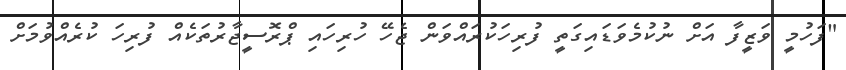
"ފަހުމީ ވަޒީފާ އަށް ނުކުމެވަޑައިގަތީ ފުރިހަކުރައްވަން ޖެހޭ ހުރިހައި ޕްރޮސީޖާރުތަކެއް ފުރިހަ ކުރެއްވުމަށް